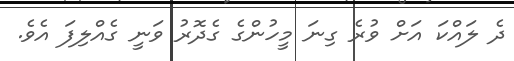
ދެ ލައްކަ އަށް ވުރެ ގިނަ މީހުންގެ ގެދޮރު ވަނީ ގެއްލިފަ އެވެ.